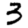
Digit: 3